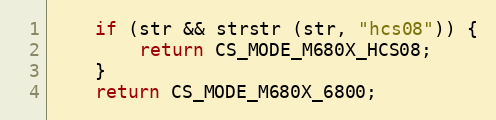
Language: C
	if (str && strstr (str, "hcs08")) {
		return CS_MODE_M680X_HCS08;
	}
	return CS_MODE_M680X_6800;